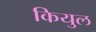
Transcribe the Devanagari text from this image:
कियुल